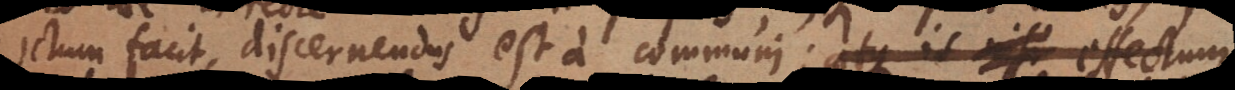
ictum facit, discernendus est a communi; itaque is nisi effectum